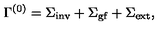
\Gamma ^ { ( 0 ) } = \Sigma _ { \mathrm { i n v } } + \Sigma _ { \mathrm { g f } } + \Sigma _ { \mathrm { e x t } } ,